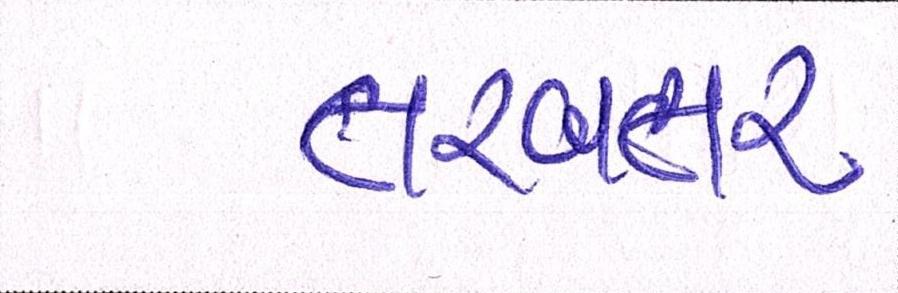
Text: તરબતર